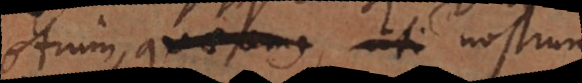
otium quaeremus, uti nostrum